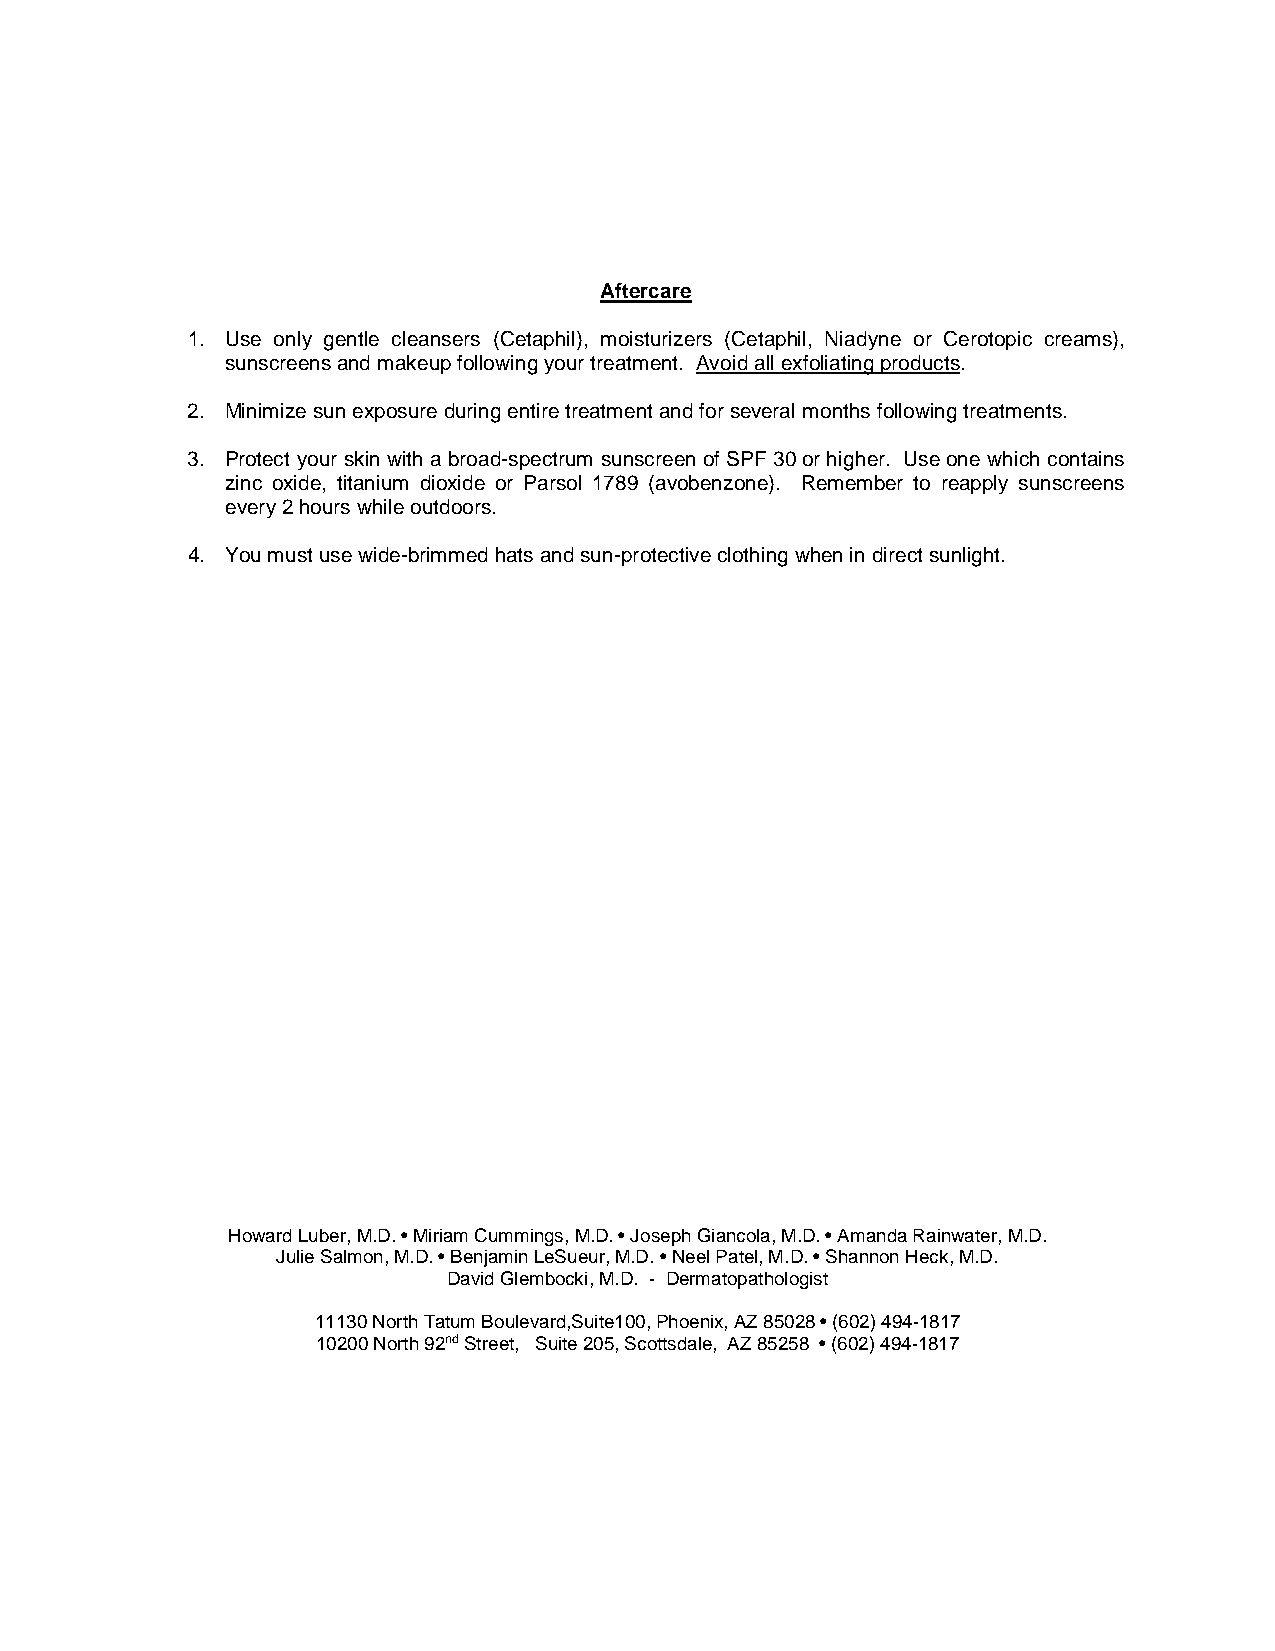
Aftercare
 1. Use only gentle cleansers (Cetaphil), moisturizers (Cetaphil, Niadyne or Cerotopic creams),
 sunscreens and makeup following your treatment. Avoid all exfoliating products.
 2. Minimize sun exposure during entire treatment and for several months following treatments.
 3. Protect your skin with a broad-spectrum sunscreen of SPF 30 or higher. Use one which contains
 zinc oxide, titanium dioxide or Parsol 1789 (avobenzone). Remember to reapply sunscreens
 every 2 hours while outdoors.
 4. You must use wide-brimmed hats and sun-protective clothing when in direct sunlight.
 Howard Luber, M.D. • Miriam Cummings, M.D. • Joseph Giancola, M.D. • Amanda Rainwater, M.D.
 Julie Salmon, M.D. • Benjamin LeSueur, M.D. • Neel Patel, M.D. • Shannon Heck, M.D.
 David Glembocki, M.D. - Dermatopathologist
 11130 North Tatum Boulevard,Suite100, Phoenix, AZ 85028 • (602) 494-1817
 10200 North 92nd Street, Suite 205, Scottsdale, AZ 85258 • (602) 494-1817